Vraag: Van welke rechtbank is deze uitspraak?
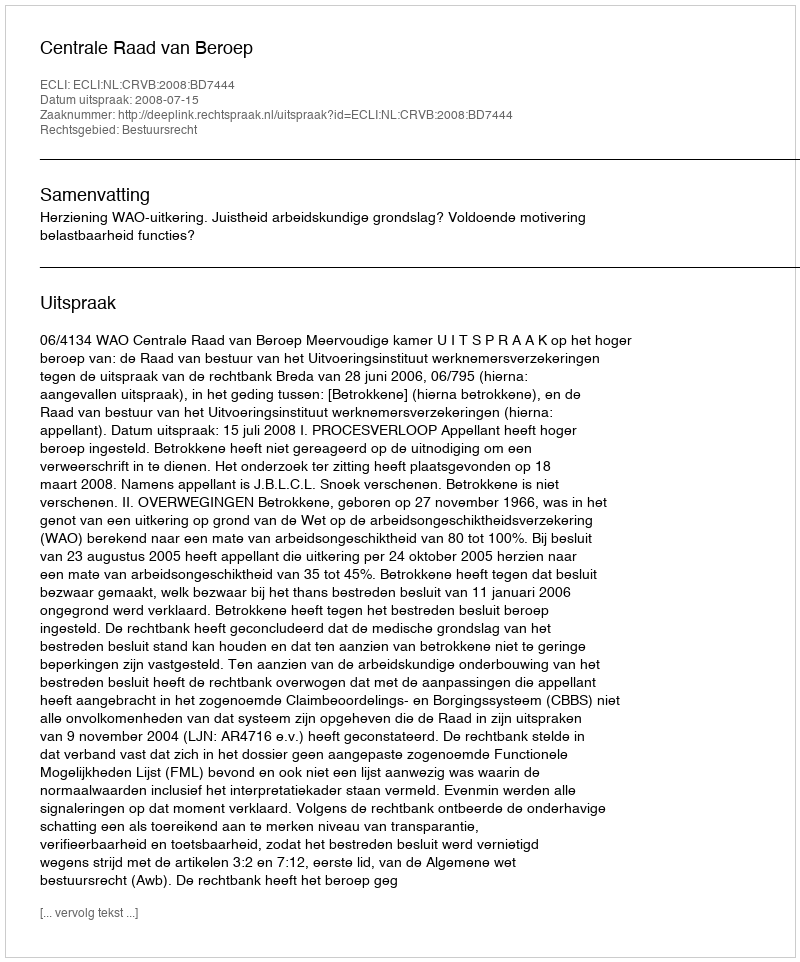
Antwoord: Centrale Raad van Beroep